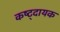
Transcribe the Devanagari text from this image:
कष्ट्दायक